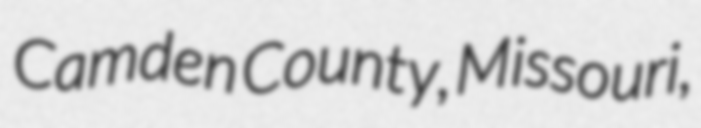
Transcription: Camden County, Missouri,